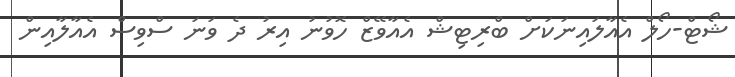
ޝޯޓް-ހޯލް އެއާލައިނަކަށް ބްރިޓިޝް އެއާވޭޒް ހޮވުނު އިރު ދެ ވަނަ ސްވިސް އެއާލާއިން